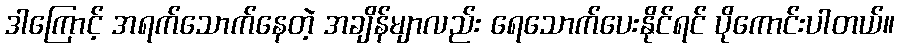
ဒါကြောင့် အရက်သောက်နေတဲ့ အချိန်မျာလည်း ရေသောက်ပေးနိုင်ရင် ပိုကောင်းပါတယ်။